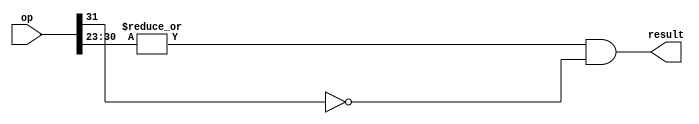
module fispos (
    input wire [31:0] op,
    output wire result
);
    
wire notzero;
assign notzero = |op[30:23];
assign result = notzero & ~op[31]; 

endmodule